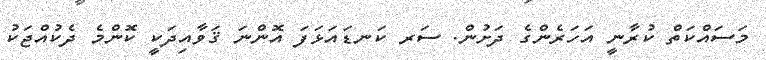
މަސައްކަތް ކުރާނީ އަހަރެންގެ ދަށުން. ސަރ ކަނޑައަޅަފަ އޮންނަ ޤަވާއިދަކީ ކޮންމެ ދެކުއްޖަކު